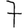
Digit: 7